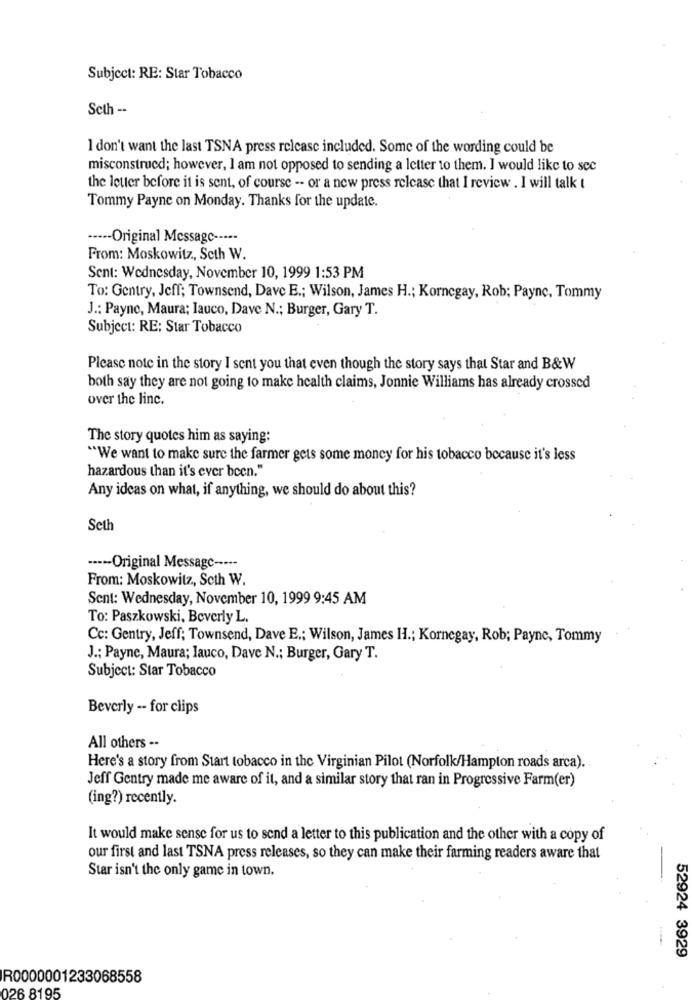
Subject: RE: Star Tobacco
Seth --
I don't want the last TSNA press release included. Some of the wording could be
misconstrued; however, I am not opposed to sending a letter to them. I would like to see
the letter before it is sent, of course -- or a new press release that I review . I will talk t
Tommy Payne on Monday. Thanks for the update.
···-- Original Message -----
From: Moskowitz, Seth W.
Sent: Wednesday, November 10, 1999 1:53 PM
To: Gentry, Jeff; Townsend, Dave E .; Wilson, James H .; Kornegay, Rob; Payne, Tommy
J .: Payne, Maura; lauco, Dave N .; Burger, Gary T.
Subject: RE: Star Tobacco
Please note in the story I sent you that even though the story says that Star and B&W
both say they are not going to make health claims, Jonnie Williams has already crossed
over the line.
The story quotes him as saying:
"We want to make sure the farmer gets some money for his tobacco because it's less
hazardous than it's ever been."
Any ideas on what, if anything, we should do about this?
Seth
----- Original Message -----
From: Moskowitz, Scth W.
Sent: Wednesday, November 10, 1999 9:45 AM
To: Paszkowski, Beverly L.
Cc: Gentry, Jeff; Townsend, Dave E .: Wilson, James H .; Kornegay, Rob; Payne, Tommy
J .; Payne, Maura; lauco, Dave N .; Burger, Gary T.
Subject: Star Tobacco
Beverly -- for clips
All others --
Here's a story from Start tobacco in the Virginian Pilot (Norfolk/Hampton roads arca).
Jeff Gentry made me aware of it, and a similar story that ran in Progressive Farm(er)
(ing?) recently.
It would make sense for us to send a letter to this publication and the other with a copy of
our first and last TSNA press releases, so they can make their farming readers aware that
Star isn't the only game in town.
52924 3929
R0000001233068558
026 8195